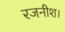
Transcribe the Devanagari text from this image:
रजनीश।